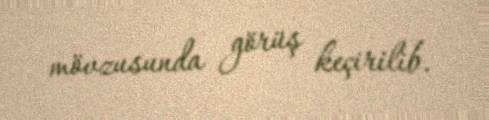
mövzusunda görüş keçirilib.